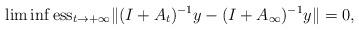
LaTeX: \begin{align*}\liminf {\rm ess}_{t \to + \infty}\| (I+A_t)^{-1}y -(I + A_\infty)^{-1}y \|=0,\end{align*}